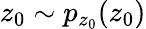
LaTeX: z_{0}\sim p_{z_{0}}(z_{0})